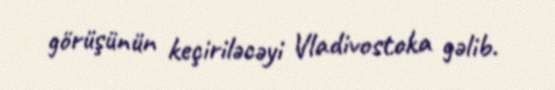
görüşünün keçiriləcəyi Vladivostoka gəlib.